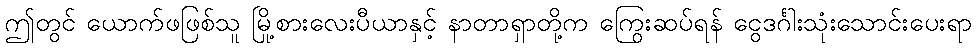
ဤတွင် ယောက်ဖဖြစ်သူ မြို့စားလေးပီယာနှင့် နာတာရှာတို့က ကြွေးဆပ်ရန် ငွေဒင်္ဂါးသုံးသောင်းပေးရာ